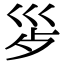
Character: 𭗿